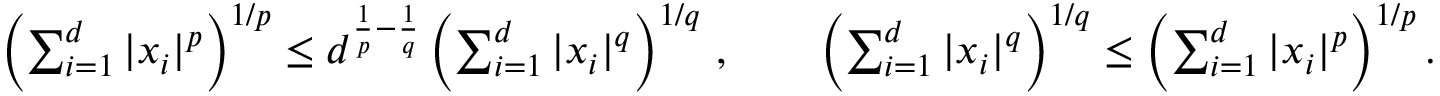
\begin{array} { r } { \left( \sum _ { i = 1 } ^ { d } | x _ { i } | ^ { p } \right) ^ { 1 / p } \leq d ^ { \frac { 1 } { p } - \frac { 1 } { q } } \left( \sum _ { i = 1 } ^ { d } | x _ { i } | ^ { q } \right) ^ { 1 / q } \, , \qquad \left( \sum _ { i = 1 } ^ { d } | x _ { i } | ^ { q } \right) ^ { 1 / q } \leq \left( \sum _ { i = 1 } ^ { d } | x _ { i } | ^ { p } \right) ^ { 1 / p } . } \end{array}